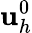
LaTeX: \textbf{u}_{h}^{0}